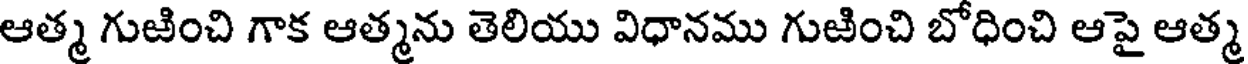
ఆత్మ గుజించి గాక ఆత్మను తెలియు విధానము గుజించి బోధించి ఆపై ఆత్మ